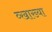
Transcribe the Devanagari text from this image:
व्खाख्या